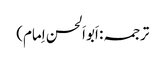
ترجمہ: اَبواَلحسن اِمام)